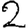
Digit: 2